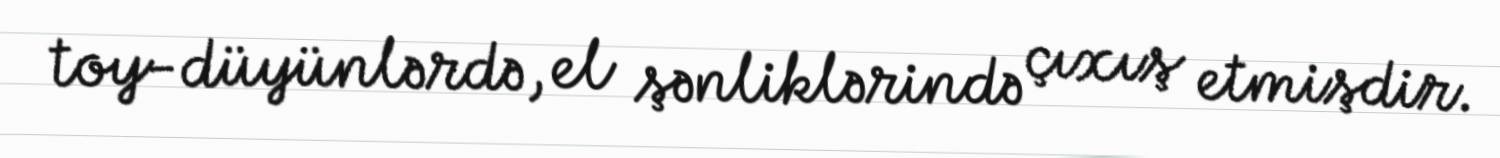
toy-düyünlərdə, el şənliklərində çıxış etmişdir.